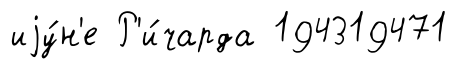
иjу́н'е Р'и́чарда 194319471